Mental hospitals Bombay report 1921-28 - 1921-1928
Year: 1921
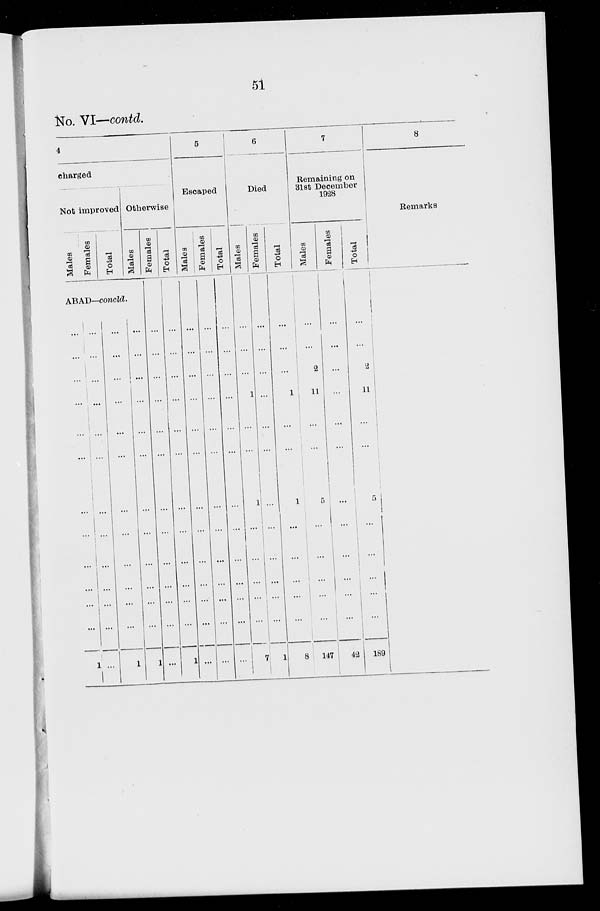
51
No. VI—contd.
4
charged
Not improved
Males
Females
Total
ABAD—concld.
...
...
...
...
...
...
...
...
...
...
...
1
...
...
...
...
...
...
...
...
...
...
...
...
...
...
...
...
...
...
...
...
...
...
...
...
...
1
Otherwise
Males
...
...
...
...
...
...
...
...
...
...
...
...
1
Females
...
...
...
...
...
...
...
...
...
...
...
...
...
Total
...
...
...
...
...
...
...
...
...
...
...
...
1
5
Escaped
Males
...
...
...
...
...
...
...
...
...
...
...
...
...
Females
...
...
...
...
...
...
...
...
...
...
...
...
...
Total
...
...
...
...
...
...
...
...
...
...
...
...
...
6
Died
Males
...
...
...
1
...
...
1
...
...
...
...
...
7
Females
...
...
...
...
...
...
...
...
...
...
...
...
1
Total
...
...
...
1
...
...
1
...
...
...
...
...
8
7
Remaining on
31st December
1928
Males
...
...
2
11
...
...
5
...
...
...
...
...
147
Females
...
...
...
...
...
...
...
...
...
...
...
...
42
Total
...
...
2
11
...
...
5
...
...
...
...
...
189
8
Remarks